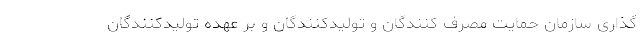
گذاری سازمان حمایت مصرف کنندگان و تولیدکنندگان و بر عهده تولیدکنندگان